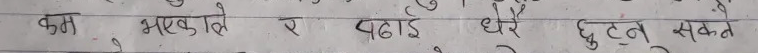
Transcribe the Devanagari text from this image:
कम भएकाले र पढाई धेरै छुट्नु सक्ते